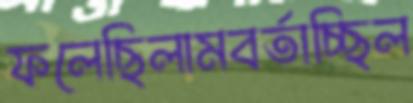
ফলেছিলামবর্তাচ্ছিল